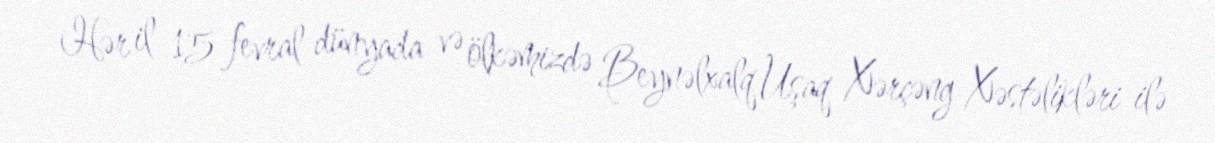
Hər il 15 fevral dünyada və ölkəmizdə Beynəlxalq Uşaq Xərçəng Xəstəlikləri ilə